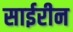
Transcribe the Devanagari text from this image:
साईरीन